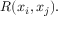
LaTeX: R ( x _ { i } , x _ { j } ) .